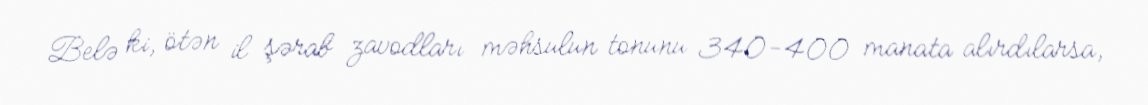
Belə ki, ötən il şərab zavodları məhsulun tonunu 340-400 manata alırdılarsa,